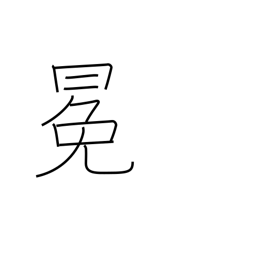
Meaning: crown